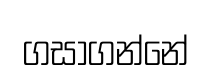
ගසාගන්නේ